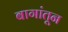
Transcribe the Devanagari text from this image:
बागांतून